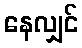
နေလျှင်